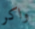
واكر